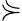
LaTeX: \curlyeqsucc